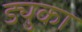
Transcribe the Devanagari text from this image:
ड्युका